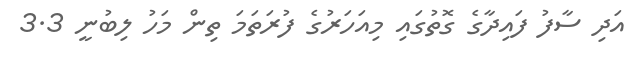
އަދި ސާފު ފައިދާގެ ގޮތުގައި މިއަހަރުގެ ފުރަތަމަ ތިން މަހު ލިބުނީ 3.3